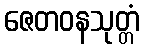
ဇေတဝနသုတ္တံ